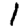
Digit: 1